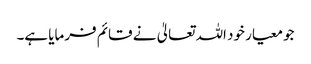
جو معیار خود اللہ تعالیٰ نے قائم فرمایا ہے۔